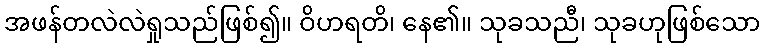
အဖန်တလဲလဲရှုသည်ဖြစ်၍။ ဝိဟရတိ၊ နေ၏။ သုခသညီ၊ သုခဟုဖြစ်သော